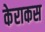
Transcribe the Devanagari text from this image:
केराकस